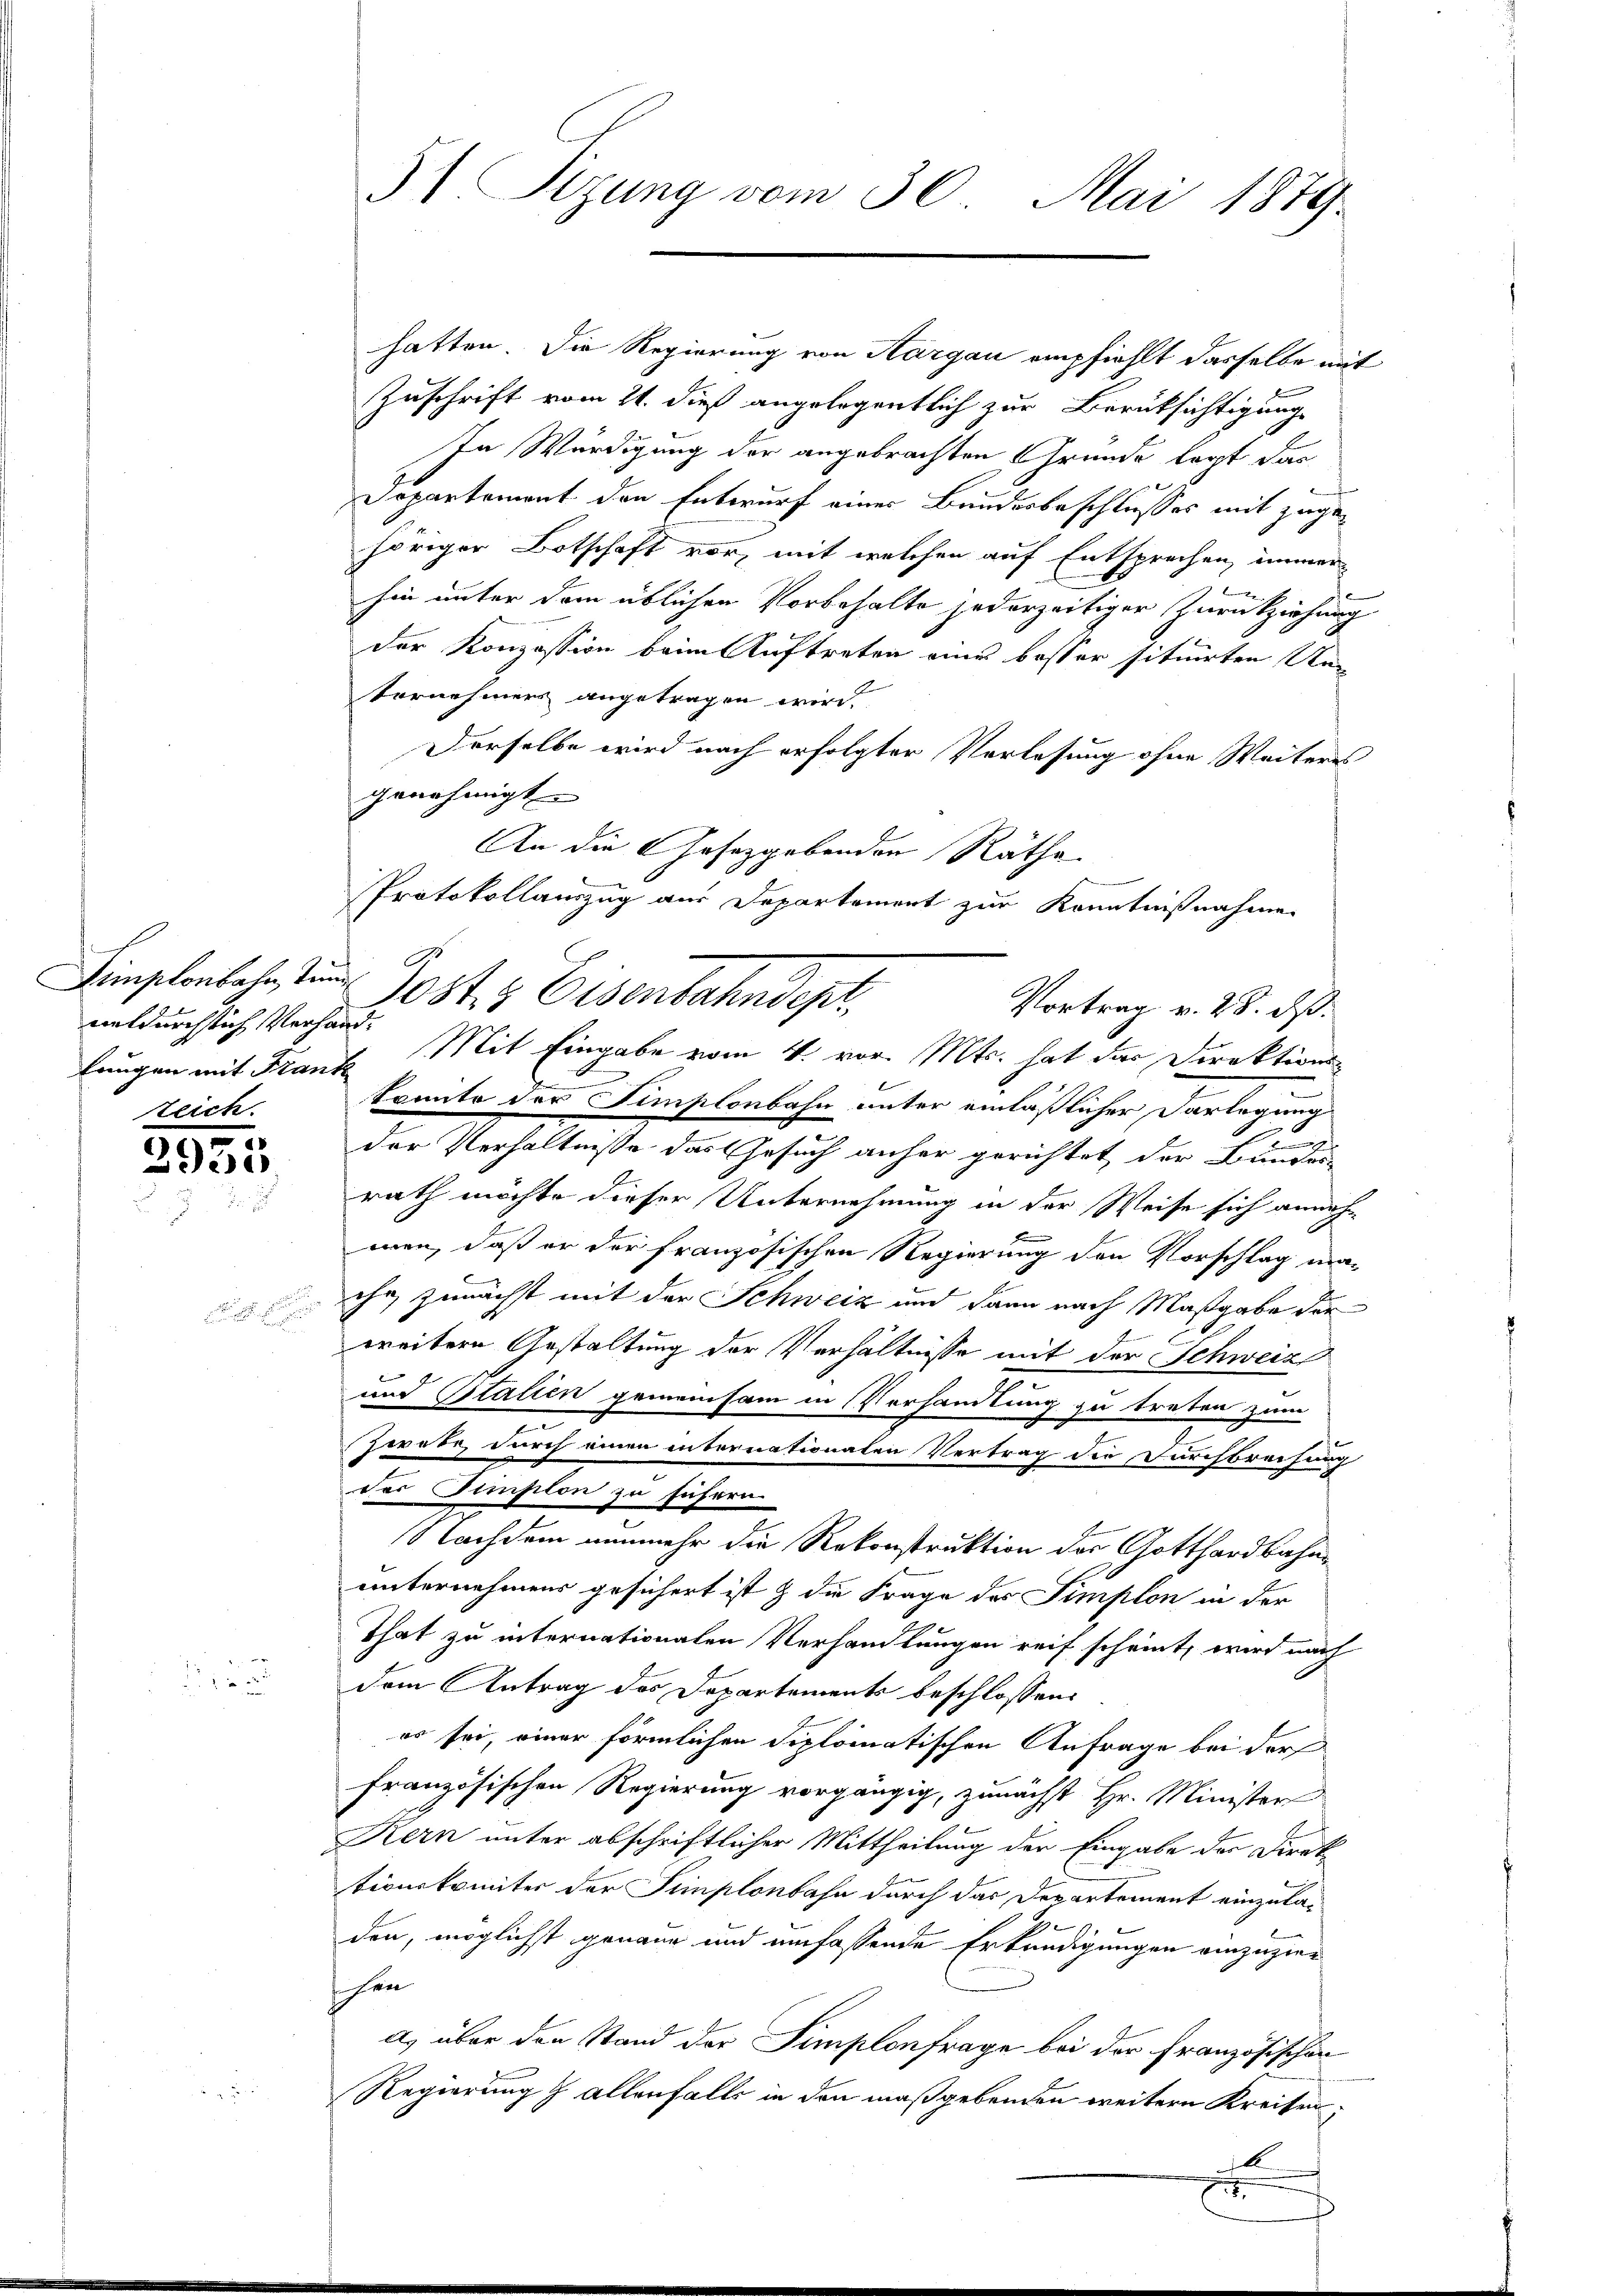
t
neldurchsich Verhandlangen mit Frank
zeich.

3950

a

hatten. Die Regierung von Aargau empfiehlt dasselbe mit
Zuschrift vom 21. dieß angelegentlich zur Berüksichtigung
In Würdigung der angebrachten Grunde lappt, das
Departement den Entwurf einer Bunderbeschlusses mit zugehöriger Botschaft vor, mit welchen auf Entsprechen, immer¬
 xx
hin unter dem üblichen Vorbehalte jederzeitiger Zurückziehung
der Konzession beim Auftreten eines besser situirten Un-
Vornehmers angetragen wird.
Derselbe wird nach erfolgter Vorlesung ohne Weiteres
genehmigt.
An die Gesetzgebenden Räthe
Protokollauszug aus Departement zur Kenntnißnahmen
Simplonbahn, und Jost & Eisenbahndept,
Mit Eingabe vom 4. vor. Mts. hat das Direktions-
e
konnte der Simplonbahn unter einläßlicher Darlegung
der Verhältnisse das Gesuch anher gerichtet der Bunder-
rath möchte dieser Unternehmung in der Weise sich annahmen, daß er der französischen Regierung den Vorschlag maihr, zunächst mit der Schweiz und dann nach Maßgabe der
weitern Gestaltung der Verhältnisse mit der Schweiz
und Statten gemeinsam in Vorhandlung zu treten zum
Zwebe, durch einen internationalen Vertrag die Durchbrechung
vor Gimplon zu führen
Nachdem nunmehr die Rekonstruktion der Gotthardbahne
unternehmens gesichert ist & die Frage des Simplon in der
That zu internationalen Verhandlungen reif scheint, wird nach
dem Antrag des Departements beschlossen:
es sei, einer förmlichen Diplomatischen Anfrage bei der
französischen Regierung vorgängig, zunächst Hr. Minister
Kern unter abschriftlicher Mittheilung der Eingabe der Direk
tionskomiter der Simplonbahn durch das Departement einzulae
2

den, möglichst genaue und umfassende Erkundigungen einzuzier
schen
a) über den Stand der Simplonfrage bei der Französischen
Regierung & allenfalls in den maßgebenden weitern Kreisene

51 Sizung vom 30. Mai 1879.

Vortrag v. 28. ds.